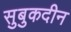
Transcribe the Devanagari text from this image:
सुबुकदीन